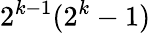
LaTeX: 2^{k-1}(2^{k}-1)